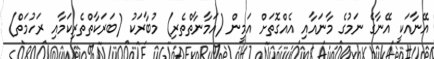
އޭނާއަކީ އޭނާގެ ނަމުގެ މާނައާއި އެއްގޮތަށް އަމީން (އަމާނާތްތެރި) މުބާރަކު (ބަރަކާތްތެރިކަމާއި ރަހުމަތް)